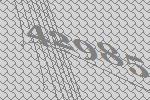
42985